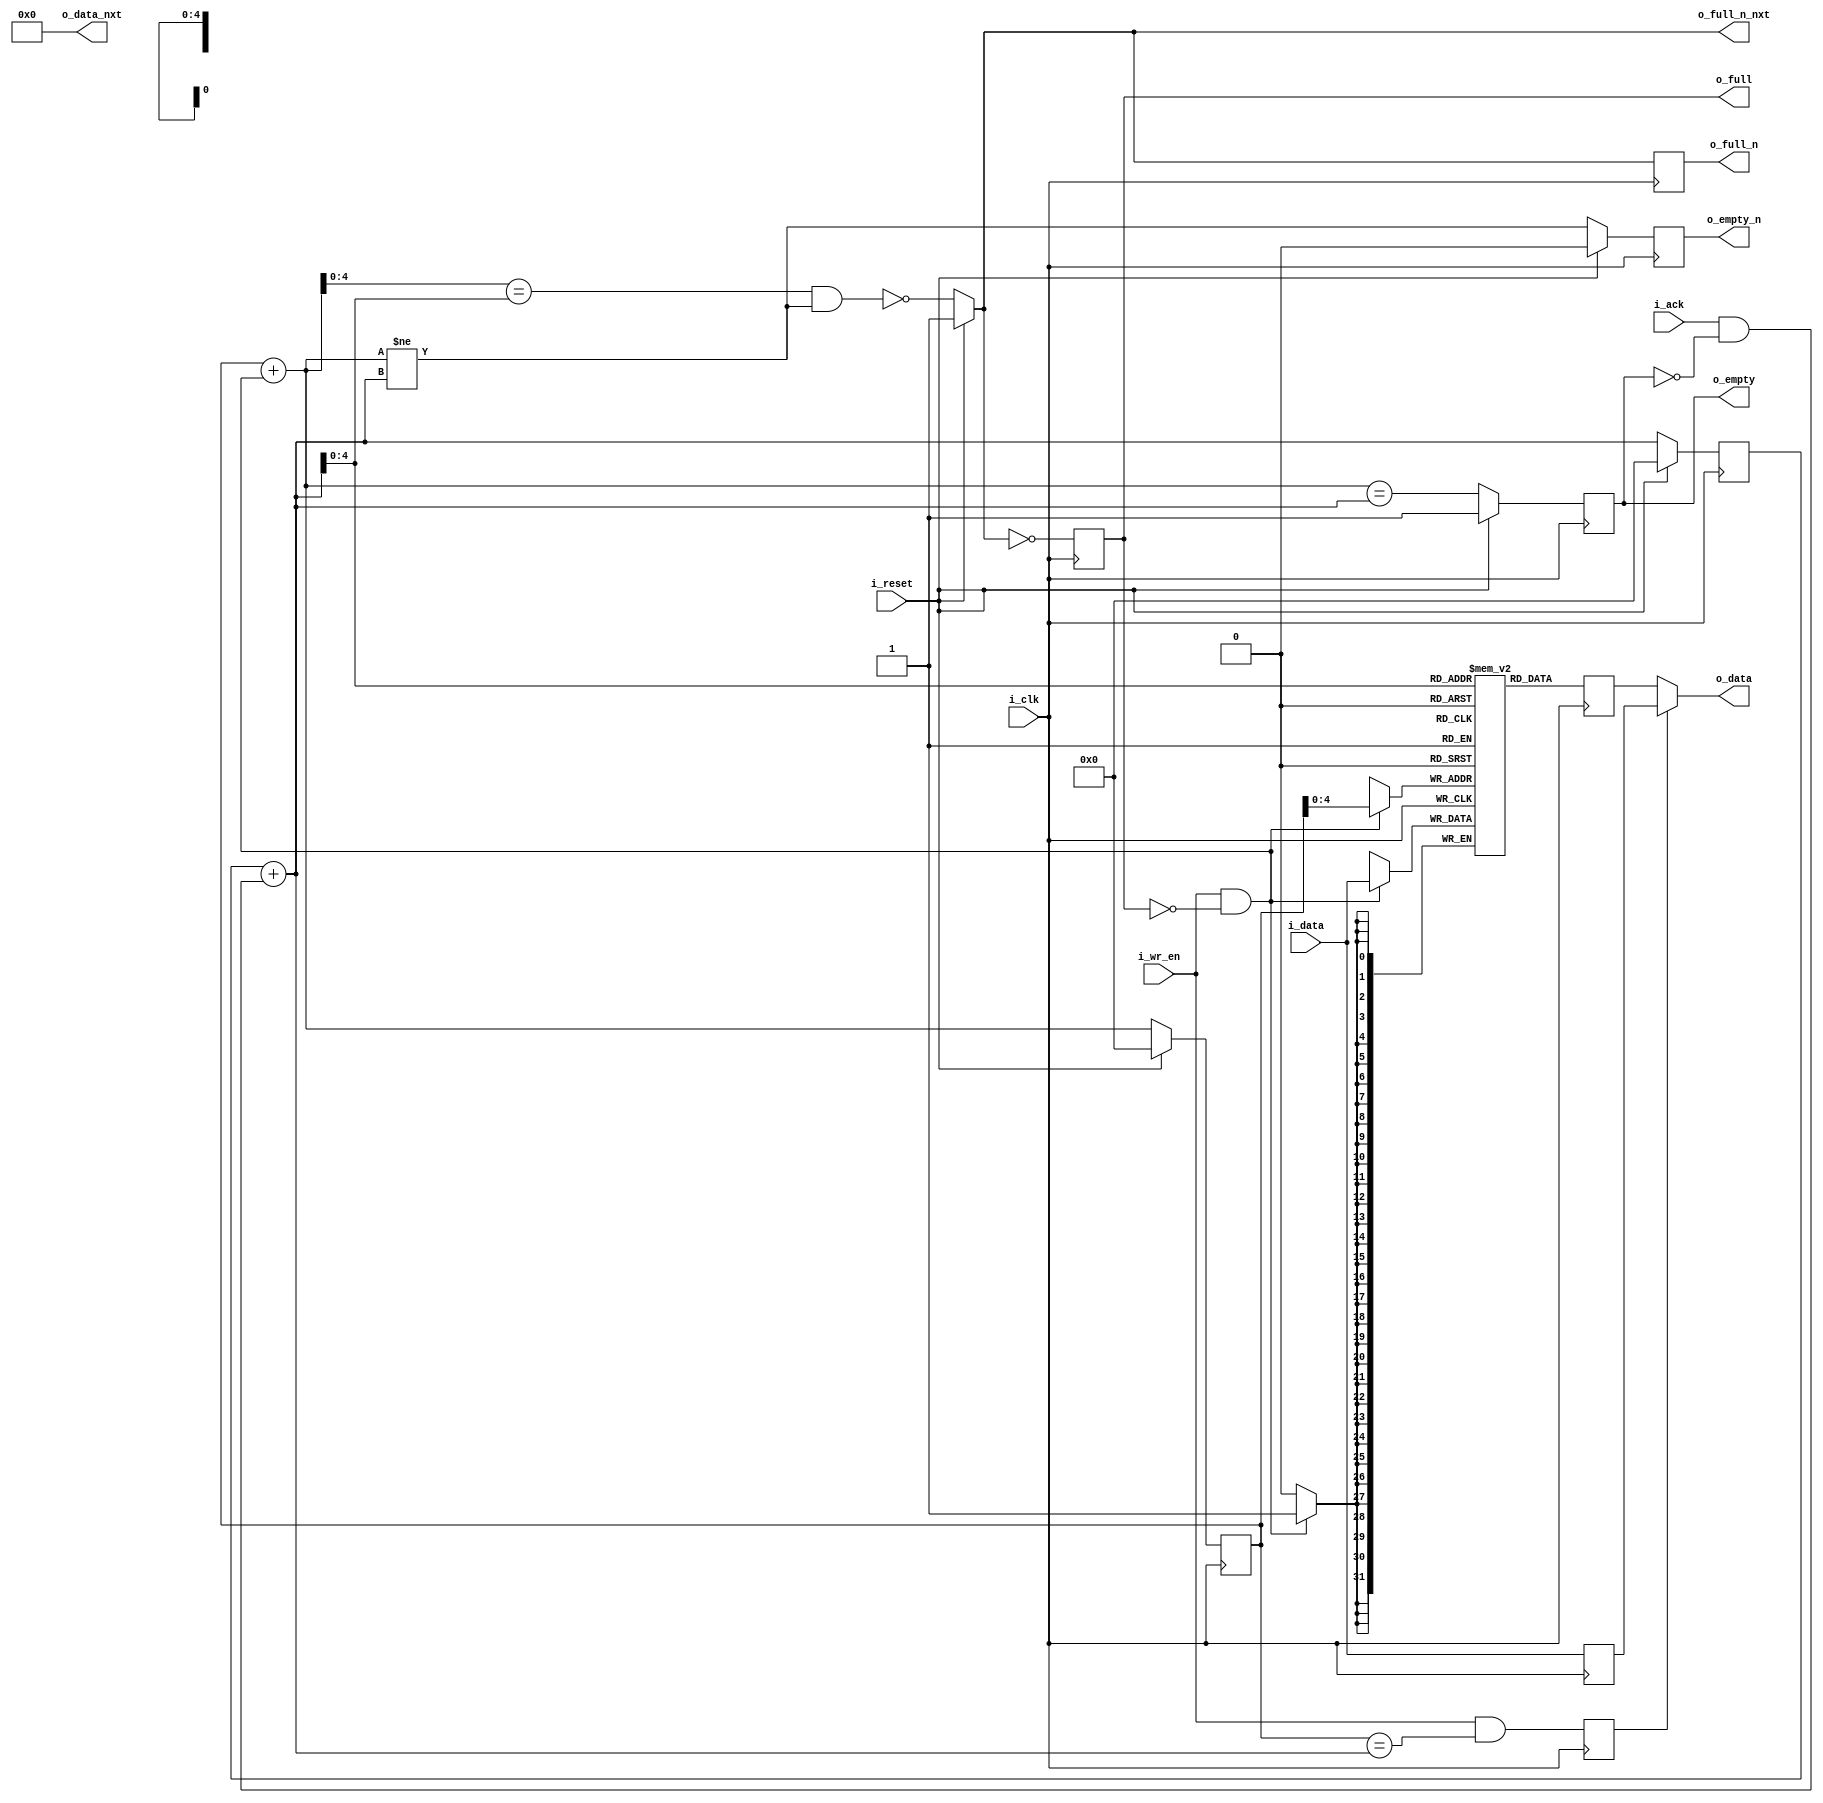
module zap_sync_fifo #(
        parameter WIDTH            = 32, 
        parameter DEPTH            = 32, 
        parameter FWFT             = 1,
        parameter PROVIDE_NXT_DATA = 0
)
(
        // Clock and reset
        input   wire             i_clk,
        input   wire             i_reset,

        // Flow control
        input   wire             i_ack,
        input   wire             i_wr_en,

        // Data busses
        input   wire [WIDTH-1:0] i_data,
        output  reg [WIDTH-1:0]  o_data,
        output  reg [WIDTH-1:0]  o_data_nxt,

        // Flags
        output wire              o_empty,
        output wire              o_full,
        output wire              o_empty_n,
        output wire              o_full_n,
        output wire              o_full_n_nxt
);

// Xilinx ISE does not allow $CLOG2 in localparams.
parameter PTR_WDT = $clog2(DEPTH) + 32'd1;
parameter [PTR_WDT-1:0] DEFAULT = {PTR_WDT{1'd0}}; 

// Variables
reg [PTR_WDT-1:0] rptr_ff;
reg [PTR_WDT-1:0] rptr_nxt;
reg [PTR_WDT-1:0] wptr_ff;
reg               empty, nempty;
reg               full, nfull;
reg [PTR_WDT-1:0] wptr_nxt;
reg [WIDTH-1:0]   mem [DEPTH-1:0]; 
wire [WIDTH-1:0]  dt;
reg [WIDTH-1:0]   dt1;
reg               sel_ff;
reg [WIDTH-1:0]   bram_ff;         
reg [WIDTH-1:0]   dt_ff;

// Assigns
assign o_empty = empty;
assign o_full  = full;
assign o_empty_n = nempty;
assign o_full_n = nfull;
assign o_full_n_nxt = i_reset ? 1 :
                      !( ( wptr_nxt[PTR_WDT-2:0] == rptr_nxt[PTR_WDT-2:0] ) &&
                       ( wptr_nxt != rptr_nxt ) );


// FIFO write logic.
always @ (posedge i_clk)
        if ( i_wr_en && !o_full )
                mem[wptr_ff[PTR_WDT-2:0]] <= i_data;

// FIFO read logic
generate
begin:gb1
        if ( FWFT == 1 )
        begin:f1
                // Retimed output data compared to normal FIFO.
                always @ (posedge i_clk) 
                begin
                         dt_ff <= i_data;
                        sel_ff <= ( i_wr_en && (wptr_ff == rptr_nxt) );
                       bram_ff <= mem[rptr_nxt[PTR_WDT-2:0]];
                end
        
                // Output signal steering MUX.
                always @*
                begin
                        o_data = sel_ff ? dt_ff : bram_ff;
                        o_data_nxt = 0; // Tied off.
                end
        end
        else
        begin:f0
                always @ (posedge i_clk)
                begin
                        if ( i_ack && nempty ) // Read request and not empty.
                        begin
                                o_data <= mem [ rptr_ff[PTR_WDT-2:0] ];
                        end
                end

                if ( PROVIDE_NXT_DATA ) 
                begin: f11
                        always @ (*)
                        begin 
                                if ( i_ack && nempty ) 
                                        o_data_nxt = mem [ rptr_ff[PTR_WDT-2:0] ];
                                else
                                        o_data_nxt = o_data;
                        end
                end
                else
                begin: f22
                        always @* o_data_nxt = 0;
                end
        end
end
endgenerate

// Flip-flop update.
always @ (posedge i_clk)
begin
        dt1     <= i_reset ? 0 : i_data;
        rptr_ff <= i_reset ? 0 : rptr_nxt;
        wptr_ff <= i_reset ? 0 : wptr_nxt;
        empty   <= i_reset ? 1 : ( wptr_nxt == rptr_nxt );
        nempty  <= i_reset ? 0 : ( wptr_nxt != rptr_nxt );
        nfull   <= o_full_n_nxt;
        full    <= !o_full_n_nxt;
end

// Pointer updates.
always @*
begin
        wptr_nxt = wptr_ff + (i_wr_en && !o_full);
        rptr_nxt = rptr_ff + (i_ack && !o_empty);
end

endmodule